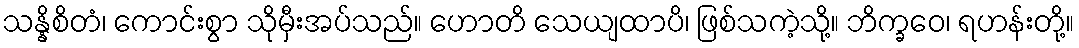
သန္နိစိတံ၊ ကောင်းစွာ သိုမှီးအပ်သည်။ ဟောတိ သေယျထာပိ၊ ဖြစ်သကဲ့သို့။ ဘိက္ခဝေ၊ ရဟန်းတို့။